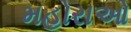
મહોરાઓ